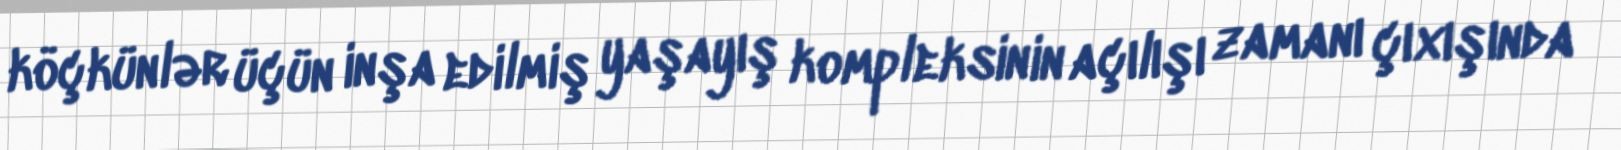
köçkünlər üçün inşa edilmiş yaşayış kompleksinin açılışı zamanı çıxışında